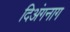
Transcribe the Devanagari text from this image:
दिअंगनाग